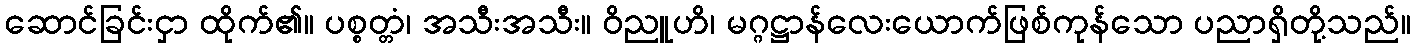
ဆောင်ခြင်းငှာ ထိုက်၏။ ပစ္စတ္တံ၊ အသီးအသီး။ ဝိညူဟိ၊ မဂ္ဂဋ္ဌာန်လေးယောက်ဖြစ်ကုန်သော ပညာရှိတို့သည်။